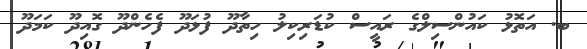
ބ. އަތޮޅު ކައުންސިލްގެ ރައީސް ކުޑަރިކިލު ހިތާދޫ ފުޅަދޫ ފެހެންދޫ ގޮއިދޫ ކަމަދޫ